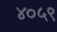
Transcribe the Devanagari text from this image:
४०५९